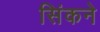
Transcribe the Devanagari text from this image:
सिंकने